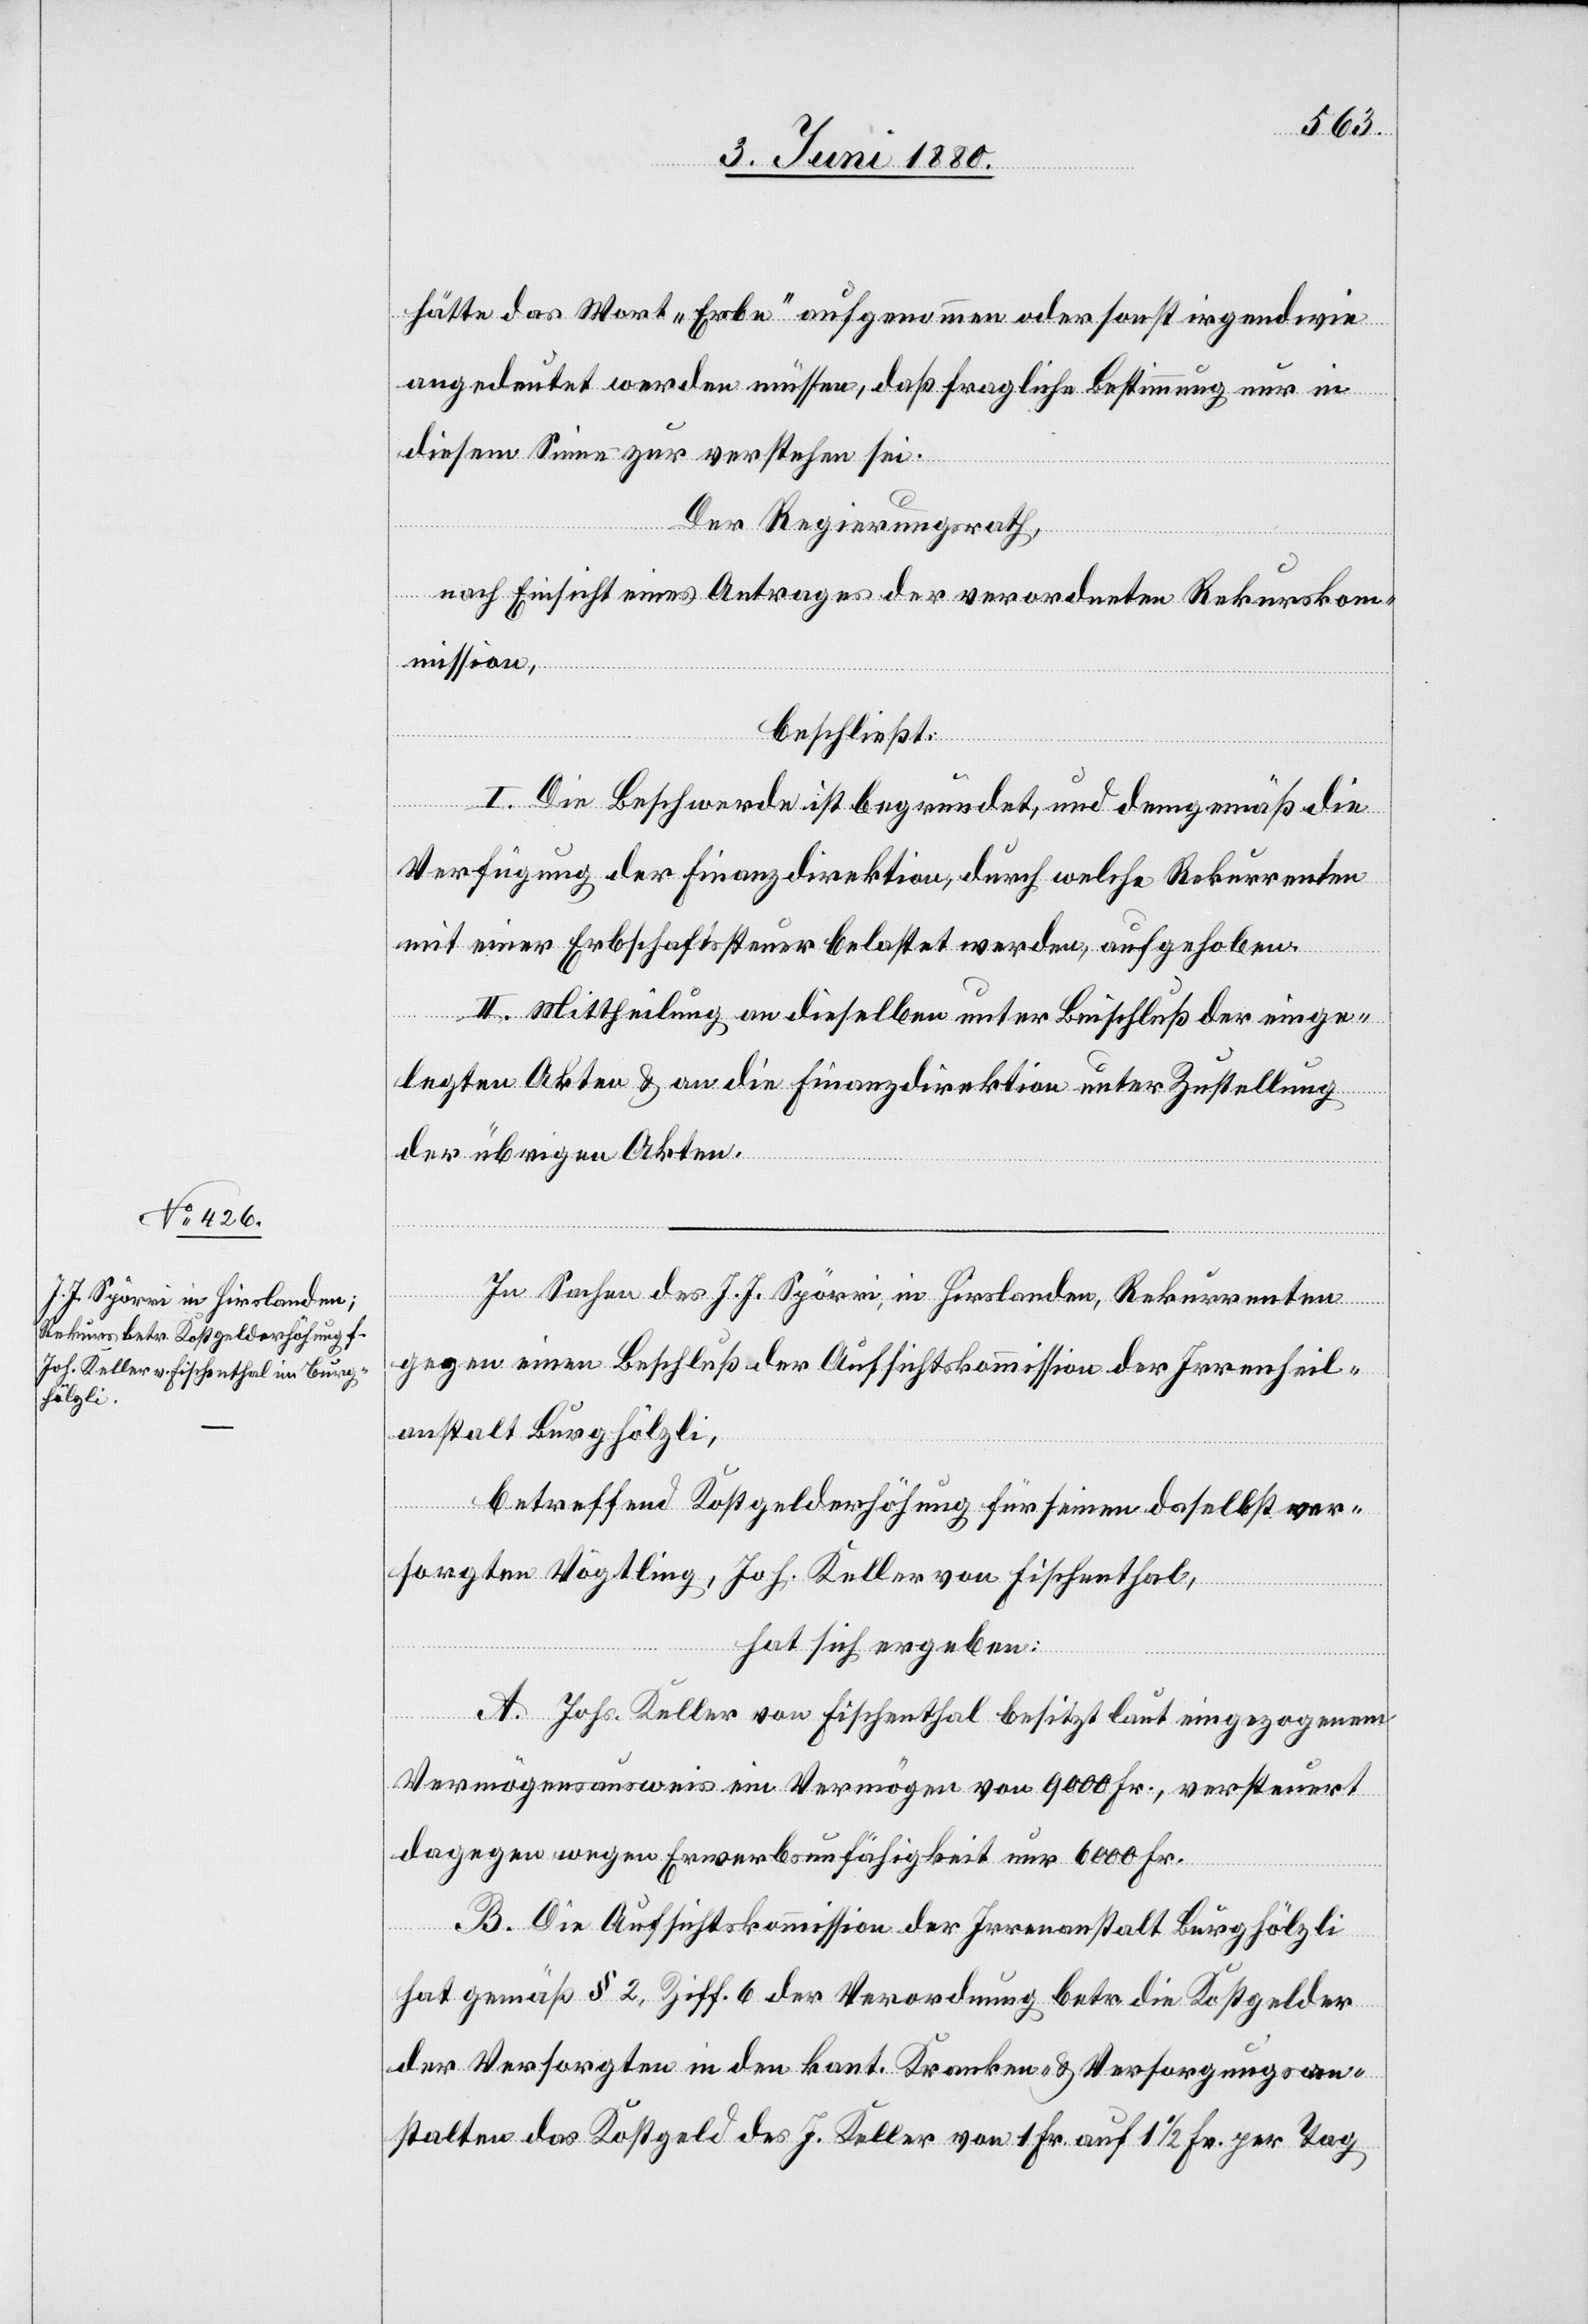
hätte das Wort „Erbe“ aufgenommen oder sonst irgendwie
angedeutet werden müssen, daß fragliche Bestimmung nur in
diesem Sinne zu verstehen sei.
Der Regierungsrath,
nach Einsicht eines Antrages der verordneten Rekursko¬
mmission,
beschließt:
I. Die Beschwerde ist begründet, und demgemäß die
Verfügung der Finanzdirektion, durch welche Rekurrenten
mit einer Erbschaftssteuer belastet werden, aufgehoben.
II. Mittheilung an dieselben unter Beischluß der einge¬
legten Akten & an die Finanzdirektion unter Zustellung
der übrigen Akten.
In Sachen des J. J. Spörri, in Hirslanden, Rekurrenten
gegen einen Beschluß der Aufsichtskommission der Irrenheil¬
anstalt Burghölzli,
betreffend Kostgelderhöhung für seinen daselbst ver¬
sorgten Vögtling, Joh. Keller von Fischenthal,
hat sich ergeben:
A. Johs. Keller von Fischenthal besitzt laut eingezogenem
Vermögensausweis ein Vermögen von 9000 Fr., versteuert
dagegen wegen Erwerbsunfähigkeit nur 6000 Fr.
B. Die Aufsichtskommission der Irrenanstalt Burghölzli
hat gemäß § 2, Ziff. 6 der Verordnung betr. die Kostgelder
der Versorgten in den kant. Kranken- & Versorgungsan¬
stalten das Kostgeld des J. Keller von 1 Fr. auf 11/2 Fr. per Tag